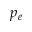
p _ { e }